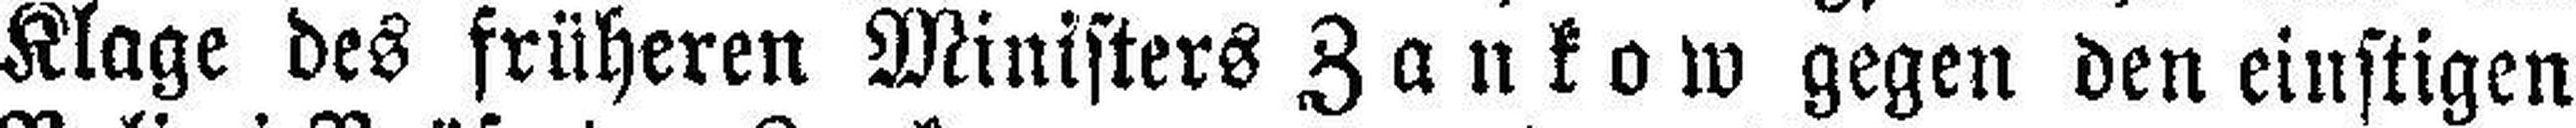
Klage des früheren Ministers Zankow gegen den einstigen